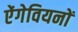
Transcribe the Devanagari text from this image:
ऐंगेवियनों